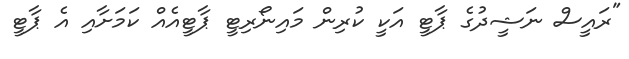
"ރައީސް ނަޝީދުގެ ޕާޓީ އަކީ ކުރިން މައިނޯރިޓީ ޕާޓީއެއް ކަމަށާއި އެ ޕާޓީ